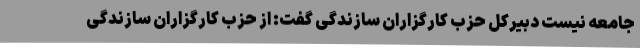
جامعه نیست دبیرکل حزب کارگزاران سازندگی گفت: از حزب کارگزاران سازندگی